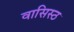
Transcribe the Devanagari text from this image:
वासिस्ठ